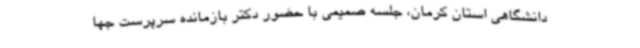
دانشگاهی استان کرمان، جلسه صمیمی با حضور دکتر بازمانده سرپرست جها